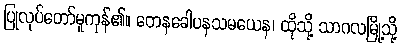
ပြုလုပ်တော်မူကုန်၏။ တေနခေါပနသမယေန၊ ထိုသို့ သာဂလမြို့သို့